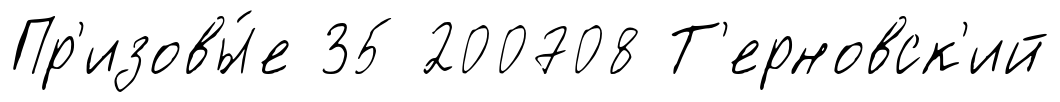
Пр'изовы́е 35 200708 Т'ерновск'ий